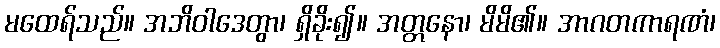
မထေရ်သည်။ အဘိဝါဒေတွာ၊ ရှိခိုး၍။ အတ္တနော၊ မိမိ၏။ အာဂတကာရဏံ၊